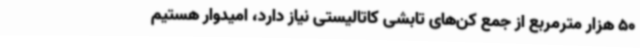
50 هزار مترمربع از جمع کن‌های تابشی کاتالیستی نیاز دارد، امیدوار هستیم